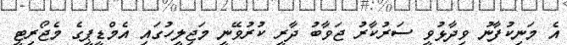
އެ މަނިކުފާނު ވިދާޅުވީ ސަރުކާރު ޖަވާބު ދާރީ ކުރުވޭނީ މަޖިލީހުގައި އެމްޑީޕީގެ މެޖޯރިޓީ